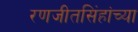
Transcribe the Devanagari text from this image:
रणजीतसिंहांच्या